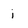
Character: i